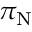
\pi _ { \mathrm { N } }